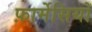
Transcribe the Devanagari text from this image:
फ़ार्मेसियों